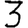
Digit: 3